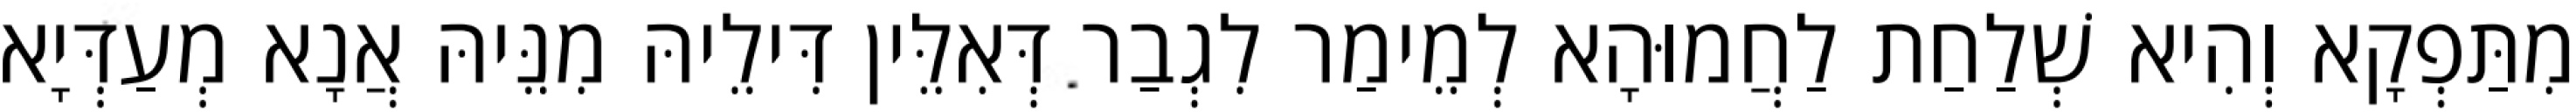
מִתַּפְקָא וְהִיא שְׁלַחַת לַחֲמוּהָא לְמֵימַר לִגְבַר דְּאִלֵּין דִּילֵיהּ מִנֵּיהּ אֲנָא מְעַדְּיָא